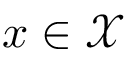
x \in \mathscr { X }